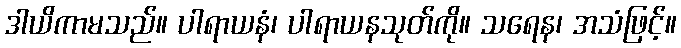
ဒါယိကာမသည်။ ပါရာယနံ၊ ပါရာယနသုတ်ကို။ သရေန၊ အသံဖြင့်။